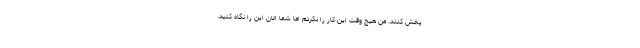
پخش کنند. من هیچ وقت این کار را نکردم اما شما الان این را نگاه کنید.